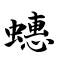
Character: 蟪